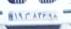
۱۹م۸۲۶۹۸